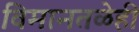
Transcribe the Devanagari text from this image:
विमानतळेही